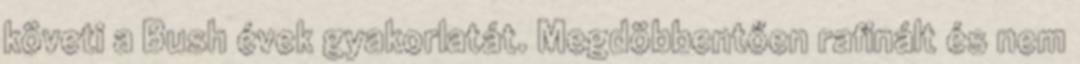
követi a Bush évek gyakorlatát. Megdöbbentően rafinált és nem